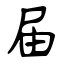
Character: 届